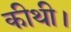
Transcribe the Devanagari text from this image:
कीथी।